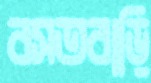
বসতবাড়ি